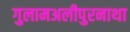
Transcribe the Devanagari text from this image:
गुलामअलीपुरनाथा